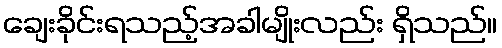
ချေးခိုင်းရသည့်အခါမျိုးလည်း ရှိသည်။